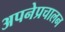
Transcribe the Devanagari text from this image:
अपनेप्रचालन